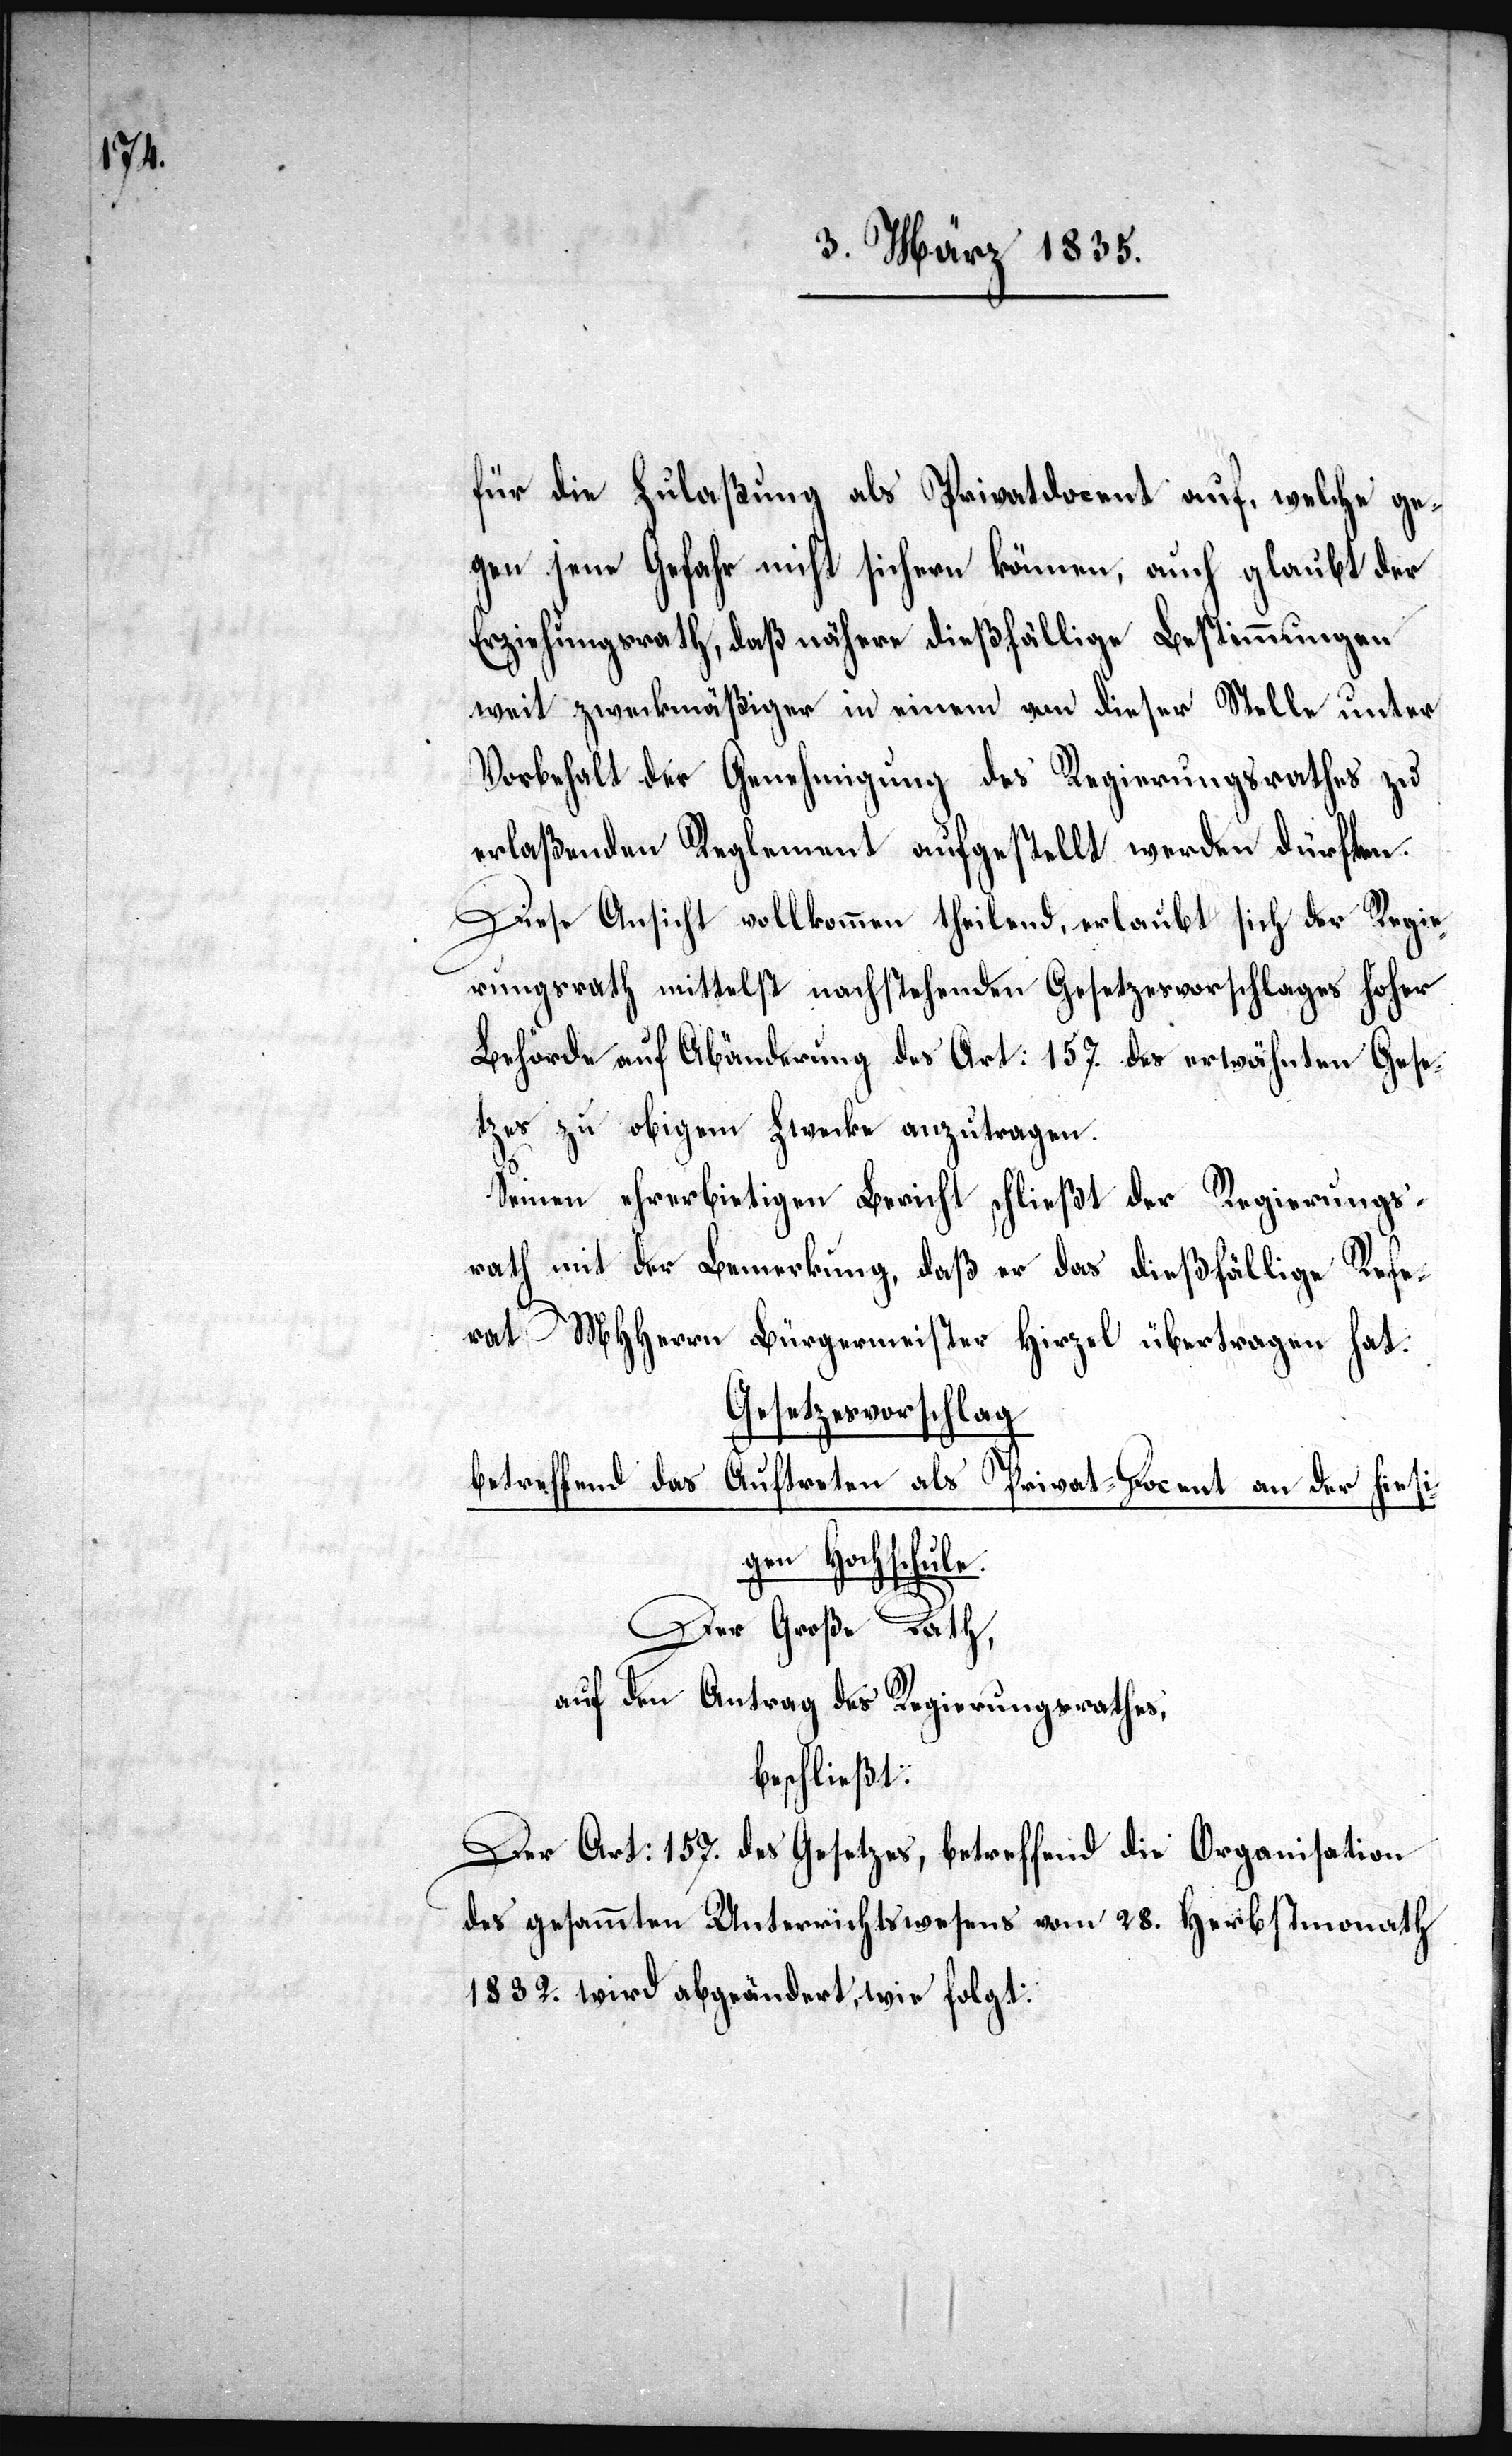
für die Zulaßung als Privatdocent auf, welche ge¬
gen jene Gefahr nicht sichern können, auch glaubt der
Erziehungsrath, daß nähere dießfällige Bestimmungen
weit zweckmäßiger in einem von dieser Stelle unter
Vorbehalt der Genehmigung des Regierungsrathes zu
erlaßenden Reglement aufgestellt werden dürften.
Diese Ansicht vollkommen theilend, erlaubt sich der Regie¬
rungsrath mittelst nachstehenden Gesetzesvorschlages hoher
Behörde auf Abänderung des Art: 157. des erwähnten Gesu¬
ches zu obigen Zwecke anzutragen.
Seinen ehrerbietigen Bericht schließt der Regierungs¬
rath mit der Bemerkung, daß er das dießfällige Refe¬
rat MHHerrn Bürgermeister Hirzel übertragen hat:
Gesetzesvorschlag
betreffend das Auftreten als Privat–Docent an der hies¬
igen Hochschule.
Der Große Rath,
auf den Antrag des Regierungsrathes,
beschließt:
Der Art: 157. des Gesetzes, betreffend die Organisation
des gesammten Unterrichtswesens vom 28. Herbstmonath
1832. wird abgeändert, wie folgt: